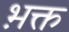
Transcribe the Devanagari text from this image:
भ़क्त